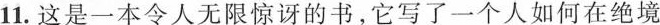
11.这是一本令人无限惊讶的书，它写了一个人如何在绝境